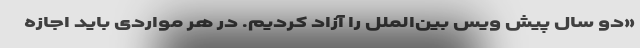
«دو سال پیش ویس بین‌الملل را آزاد کردیم. در هر مواردی باید اجازه